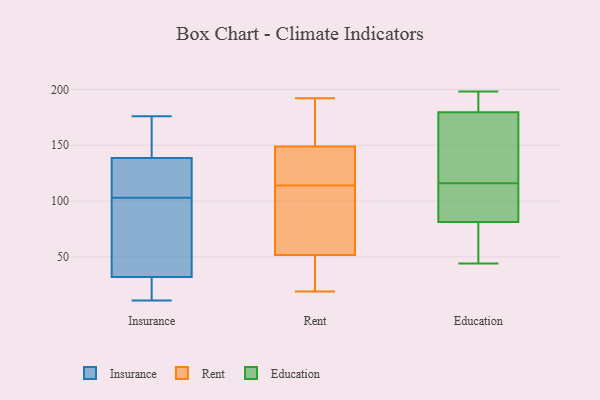
{"axis": {"x": "Churn Rate (%)", "y": "Value"}, "legend": ["Education", "Insurance", "Rent"], "data": [{"x": "", "y": 27, "type": "Insurance"}, {"x": "", "y": 113, "type": "Insurance"}, {"x": "", "y": 166, "type": "Insurance"}, {"x": "", "y": 176, "type": "Insurance"}, {"x": "", "y": 142, "type": "Insurance"}, {"x": "", "y": 47, "type": "Insurance"}, {"x": "", "y": 75, "type": "Insurance"}, {"x": "", "y": 11, "type": "Insurance"}, {"x": "", "y": 20, "type": "Insurance"}, {"x": "", "y": 17, "type": "Insurance"}, {"x": "", "y": 172, "type": "Insurance"}, {"x": "", "y": 128, "type": "Insurance"}, {"x": "", "y": 103, "type": "Insurance"}, {"x": "", "y": 95, "type": "Insurance"}, {"x": "", "y": 117, "type": "Insurance"}, {"x": "", "y": 47, "type": "Rent"}, {"x": "", "y": 114, "type": "Rent"}, {"x": "", "y": 134, "type": "Rent"}, {"x": "", "y": 136, "type": "Rent"}, {"x": "", "y": 68, "type": "Rent"}, {"x": "", "y": 124, "type": "Rent"}, {"x": "", "y": 191, "type": "Rent"}, {"x": "", "y": 19, "type": "Rent"}, {"x": "", "y": 66, "type": "Rent"}, {"x": "", "y": 73, "type": "Rent"}, {"x": "", "y": 153, "type": "Rent"}, {"x": "", "y": 44, "type": "Rent"}, {"x": "", "y": 191, "type": "Rent"}, {"x": "", "y": 36, "type": "Rent"}, {"x": "", "y": 192, "type": "Rent"}, {"x": "", "y": 181, "type": "Education"}, {"x": "", "y": 102, "type": "Education"}, {"x": "", "y": 86, "type": "Education"}, {"x": "", "y": 198, "type": "Education"}, {"x": "", "y": 198, "type": "Education"}, {"x": "", "y": 116, "type": "Education"}, {"x": "", "y": 82, "type": "Education"}, {"x": "", "y": 76, "type": "Education"}, {"x": "", "y": 173, "type": "Education"}, {"x": "", "y": 179, "type": "Education"}, {"x": "", "y": 79, "type": "Education"}, {"x": "", "y": 158, "type": "Education"}, {"x": "", "y": 44, "type": "Education"}]}